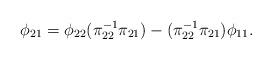
LaTeX: \begin{align*}\phi_{21}=\phi_{22} (\pi^{-1}_{22}\pi_{21})-(\pi^{-1}_{22}\pi_{21})\phi_{11}.\end{align*}